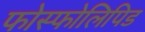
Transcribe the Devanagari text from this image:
फोस्फोलिपिड